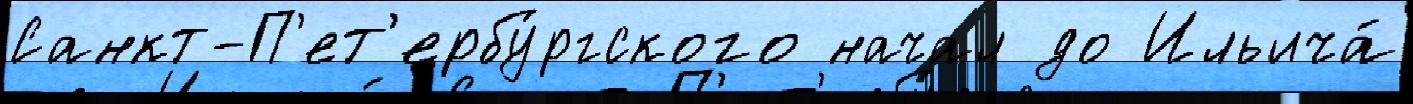
Санкт-П'ет'ербу́ргского начал до Ильича́